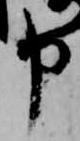
申